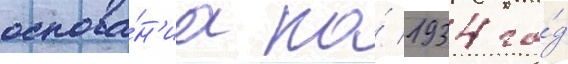
основа́н'иа по́ 1934 го́д